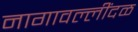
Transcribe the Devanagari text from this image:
नागावल्लींदळ